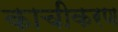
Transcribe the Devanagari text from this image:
काचीकरण